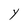
Character: Y